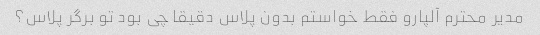
مدیر محترم آلپارو فقط خواستم بدون پلاس دقیقا چی بود تو برگر پلاس؟